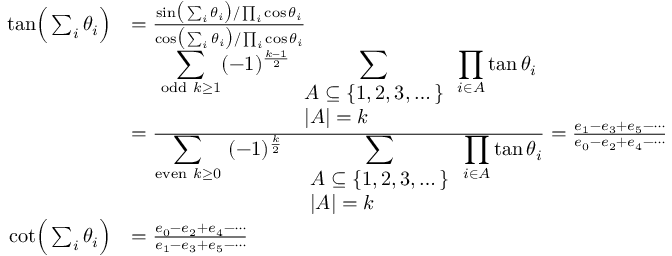
{ \begin{array} { r l } { { \tan } { \Bigl ( } \sum _ { i } \theta _ { i } { \Bigr ) } } & { = { \frac { { \sin } { \bigl ( } \sum _ { i } \theta _ { i } { \bigr ) } / \prod _ { i } \cos \theta _ { i } } { { \cos } { \bigl ( } \sum _ { i } \theta _ { i } { \bigr ) } / \prod _ { i } \cos \theta _ { i } } } } \\ & { = { \frac { \displaystyle \sum _ { { \mathrm { o d d } } \ k \geq 1 } ( - 1 ) ^ { \frac { k - 1 } { 2 } } \sum _ { \begin{array} { l } { A \subseteq \{ 1 , 2 , 3 , \dots \} } \\ { \left| A \right| = k } \end{array} } \prod _ { i \in A } \tan \theta _ { i } } { \displaystyle \sum _ { { \mathrm { e v e n } } \ k \geq 0 } ~ ( - 1 ) ^ { \frac { k } { 2 } } ~ ~ \sum _ { \begin{array} { l } { A \subseteq \{ 1 , 2 , 3 , \dots \} } \\ { \left| A \right| = k } \end{array} } \prod _ { i \in A } \tan \theta _ { i } } } = { \frac { e _ { 1 } - e _ { 3 } + e _ { 5 } - \cdots } { e _ { 0 } - e _ { 2 } + e _ { 4 } - \cdots } } } \\ { { \cot } { \Bigl ( } \sum _ { i } \theta _ { i } { \Bigr ) } } & { = { \frac { e _ { 0 } - e _ { 2 } + e _ { 4 } - \cdots } { e _ { 1 } - e _ { 3 } + e _ { 5 } - \cdots } } } \end{array} }